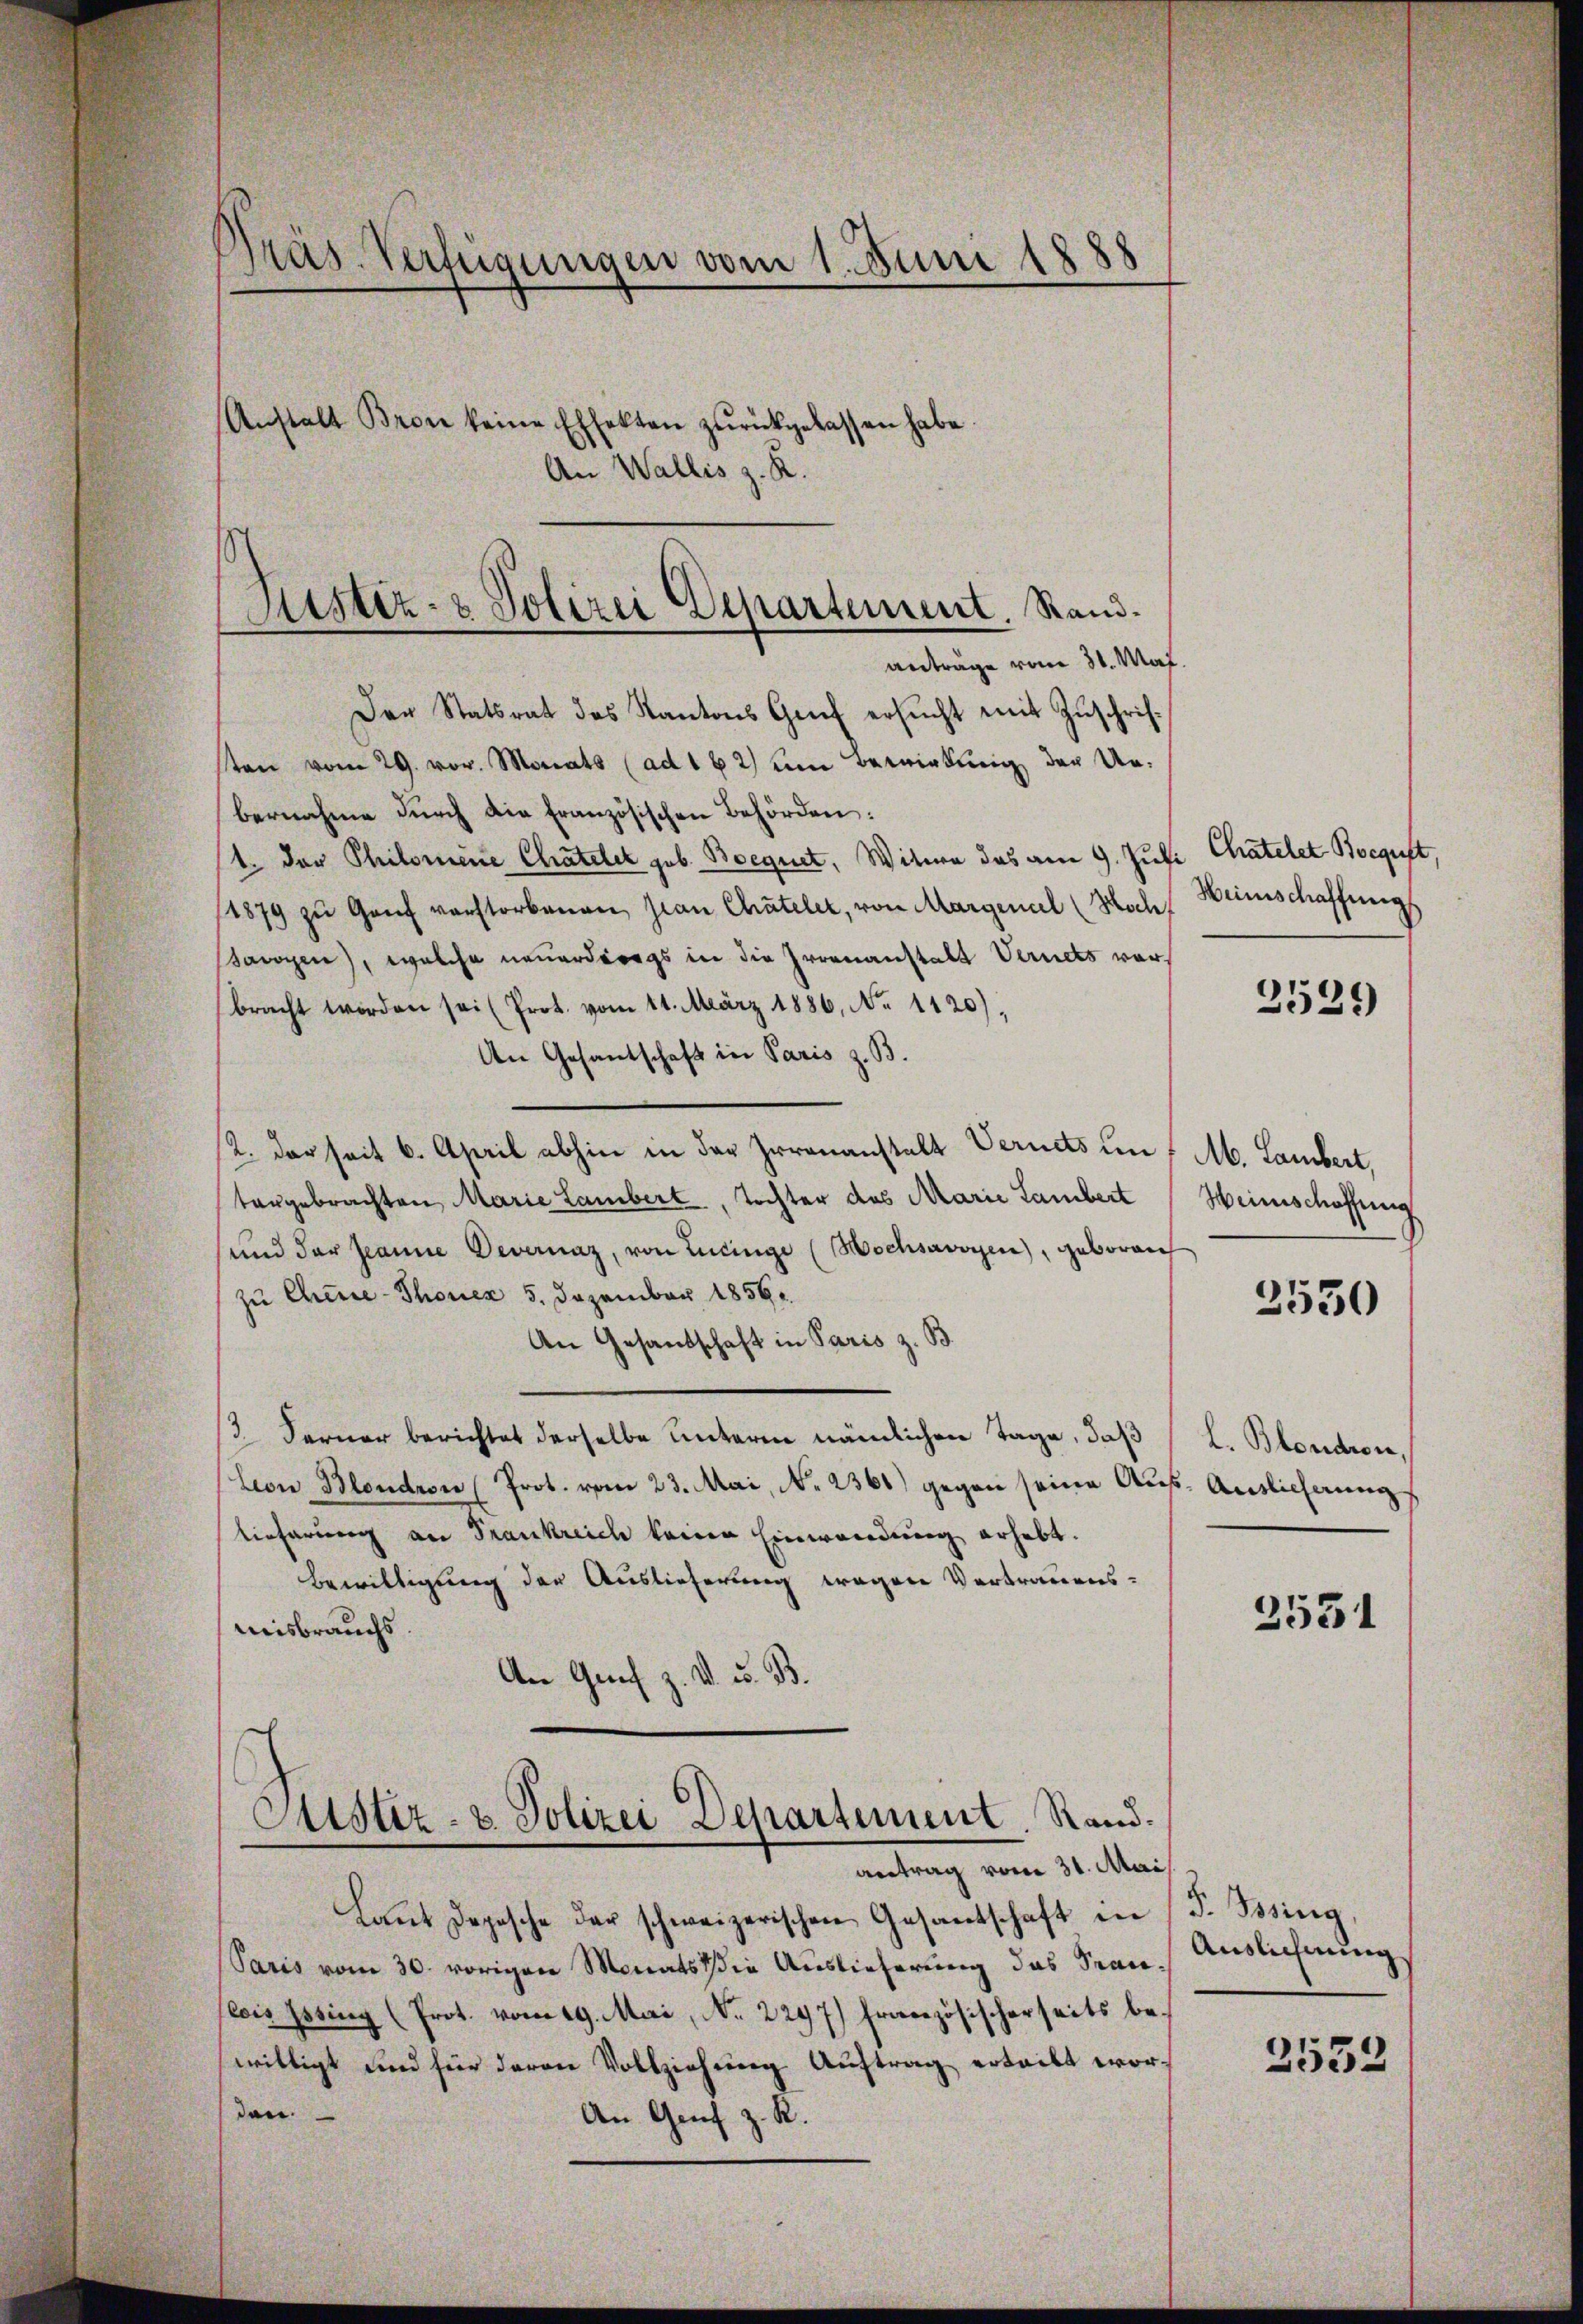
Präs. Verfügungen vom 1. Juni 1888
Anstalt Bron keine Effekten zurückgelassen habe.
An Wallis z. R.

Der Statsrat des Kantons Genf ersŭcht mit Zŭschrifsten vom 29. vor. Monats (ad 162 um Bewirkung der Ur-
bernahme dŭrch die französischen Behörden:
1. Der Philomene Chatelet geb. Boegnet, Witwe das am 9. Juli Chatelet Begut
11879 zu Genf verstorbenen Jean Chateler, von Margenal (Koch, Heimschaffung
awgen), welche neuerdings in die Irrenanstalt Vernets vorbracht worden sei (Prot. vom 11. März 1886, No 1120),
An Gesantschaft in Paris z. B.
2. der seit 6. April abhin in der Irrenanstalt Vernets un
tergebrachten Marie Lambert, Tochter des Marie Lambert
und der Jeanne Devernaz, von Lucinge (Hochsavoyen, geboren
zu Chine-Thonen 5. Dezember 1856
An Gesandschaft in Paris z. B.
/3. Ferner berichtet derselbe unterm nämlichen Tage, daß
Leon Blondron (Prot. vom 23. Mai, N. 2361) gegen seine Aus-Auslicherung
Eieferung an Frankreich keine Einwendung erhebt.
Bewilligung der Auslieferung wegen Vertrauens-
misbrauchs
An Genf z. V. u. B.
Ctstiz- & Polizei Departement. Rand.
antrag vom 31. Mai
Laut Depesche der schweizerischen Gesandschaft in
Paris vom 30. vorigen Monats die Auslieferung das Stan¬
(lois Ossing (Prot. vom 29. Mai, No. 2297) Französischerseits bewilligt und für davon Vollziehung Auftrag erteilt worden.
An Genf z. R.

Sistiz- & Polizei Departement. Rand.
anträge vom 31. Mai.

2529

M. Lambert,
Heinschaffung

3550

l. Blondron.

3551

F. Besing,
Auslichnung

2552